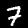
Label: 7